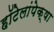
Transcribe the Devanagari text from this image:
हॉटेलांपेक्षा